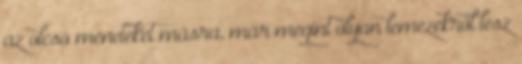
az olcsó meneteket másra, már megint olyan lemezekről lesz